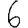
Digit: 6